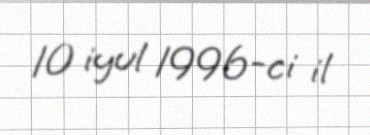
10 iyul 1996-ci il